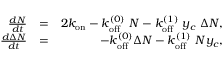
\begin{array} { r l r } { \frac { d N } { d t } } & { = } & { 2 k _ { \mathrm { o n } } - k _ { \mathrm { o f f } } ^ { ( 0 ) } \ N - k _ { \mathrm { o f f } } ^ { ( 1 ) } \ y _ { c } \ \Delta N , } \\ { \frac { d \Delta N } { d t } } & { = } & { - k _ { \mathrm { o f f } } ^ { ( 0 ) } \Delta N - k _ { \mathrm { o f f } } ^ { ( 1 ) } \ N y _ { c } , } \end{array}